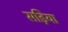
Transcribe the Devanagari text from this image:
सड़िया